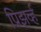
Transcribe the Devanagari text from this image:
प्रिझर्व्ह